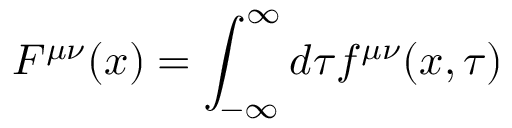
F ^ { \mu \nu } ( x ) = \int _ { - \infty } ^ { \infty } d \tau f ^ { \mu \nu } ( x , \tau )